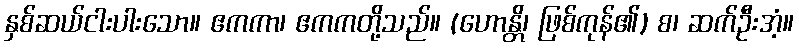
နှစ်ဆယ်ငါးပါးသော။ ဧကကာ၊ ဧကကတို့သည်။ (ဟောန္တိ၊ ဖြစ်ကုန်၏) စ၊ ဆက်ဦးအံ့။